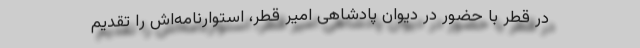
در قطر با حضور در دیوان پادشاهی امیر قطر،‌ استوارنامه‌اش را تقدیم